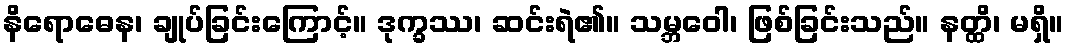
နိရောဓေန၊ ချုပ်ခြင်းကြောင့်။ ဒုက္ခဿ၊ ဆင်းရဲ၏။ သမ္ဘဝေါ၊ ဖြစ်ခြင်းသည်။ နတ္ထိ၊ မရှိ။